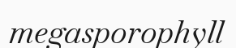
megasporophyll